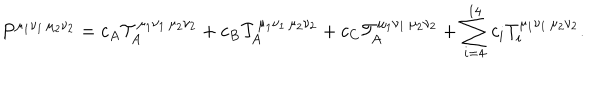
P ^ { \mu _ { 1 } \nu _ { 1 } \, \mu _ { 2 } \nu _ { 2 } } = c _ { A } { \cal T } _ { A } ^ { \mu _ { 1 } \nu _ { 1 } \, \mu _ { 2 } \nu _ { 2 } } + c _ { B } { \cal T } _ { A } ^ { \mu _ { 1 } \nu _ { 1 } \, \mu _ { 2 } \nu _ { 2 } } + c _ { C } { \cal T } _ { A } ^ { \mu _ { 1 } \nu _ { 1 } \, \mu _ { 2 } \nu _ { 2 } } + \sum _ { i = 4 } ^ { 1 4 } c _ { i } T _ { i } ^ { \mu _ { 1 } \nu _ { 1 } \, \mu _ { 2 } \nu _ { 2 } } .